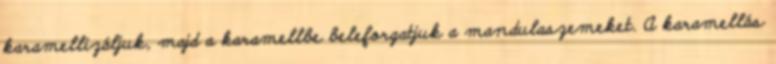
karamellizáljuk, majd a karamellbe beleforgatjuk a mandulaszemeket. A karamellás